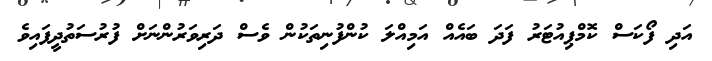
އަދި ފޯކަސް ކޮމްޕިއުޓަރު ފަދަ ބައެއް އަމިއްލަ ކުންފުނިތަކުން ވެސް ދަރިވަރުންނަށް ފުރުސަތުދީފައިވެ